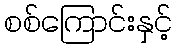
စစ်ကြောင်းနှင့်